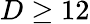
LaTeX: D\geq 12